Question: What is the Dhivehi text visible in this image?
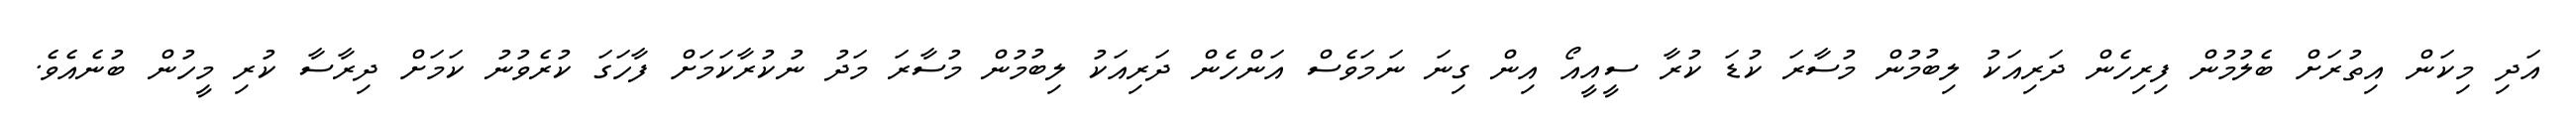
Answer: އަދި މިކަން އިތުރަށް ބެލުމުން ފިރިހެން ދަރިއަކު ލިބުމުން މުސާރަ ކުޑަ ކުރާ ސީއީއޯ އިން ގިނަ ނަމަވެސް އަންހެން ދަރިއަކު ލިބުމުން މުސާރަ މަދު ނުކުރާކަމަށް ފާހަގަ ކުރެވުނު ކަމަށް ދިރާސާ ކުރި މީހުން ބުނެއެވެ.